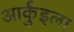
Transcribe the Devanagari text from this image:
आर्कुइला